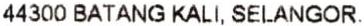
44300 BATANG KALI, SELANGOR.